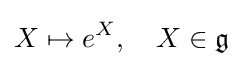
X\mapsto e^{X},\quad X\in {\mathfrak {g}}